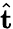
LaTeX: \hat{\mathbf{t}}